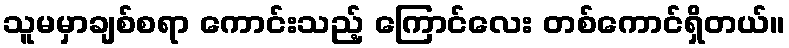
သူမမှာချစ်စရာ ကောင်းသည့် ကြောင်လေး တစ်ကောင်ရှိတယ်။